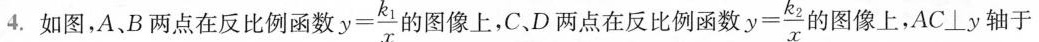
4.如图，A、B两点在反比例函数 $$ y= \frac{k_{1}}{x} $$ 的图像上，C.D两点在反比例函数 $$ y= \frac{k_{2}} {x} $$ 的图像上，AC⊥y轴于